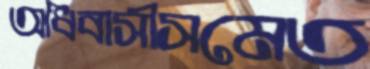
অধিবাসীসমেত